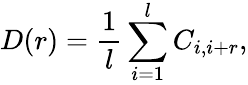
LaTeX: D(r)=\frac{1}{l}\sum_{i=1}^{l}C_{i,i+r},